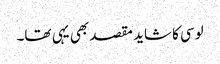
لوسی کا شاید مقصد بھی یہی تھا۔